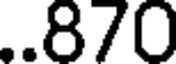
..870